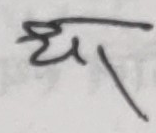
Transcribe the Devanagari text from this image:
ध